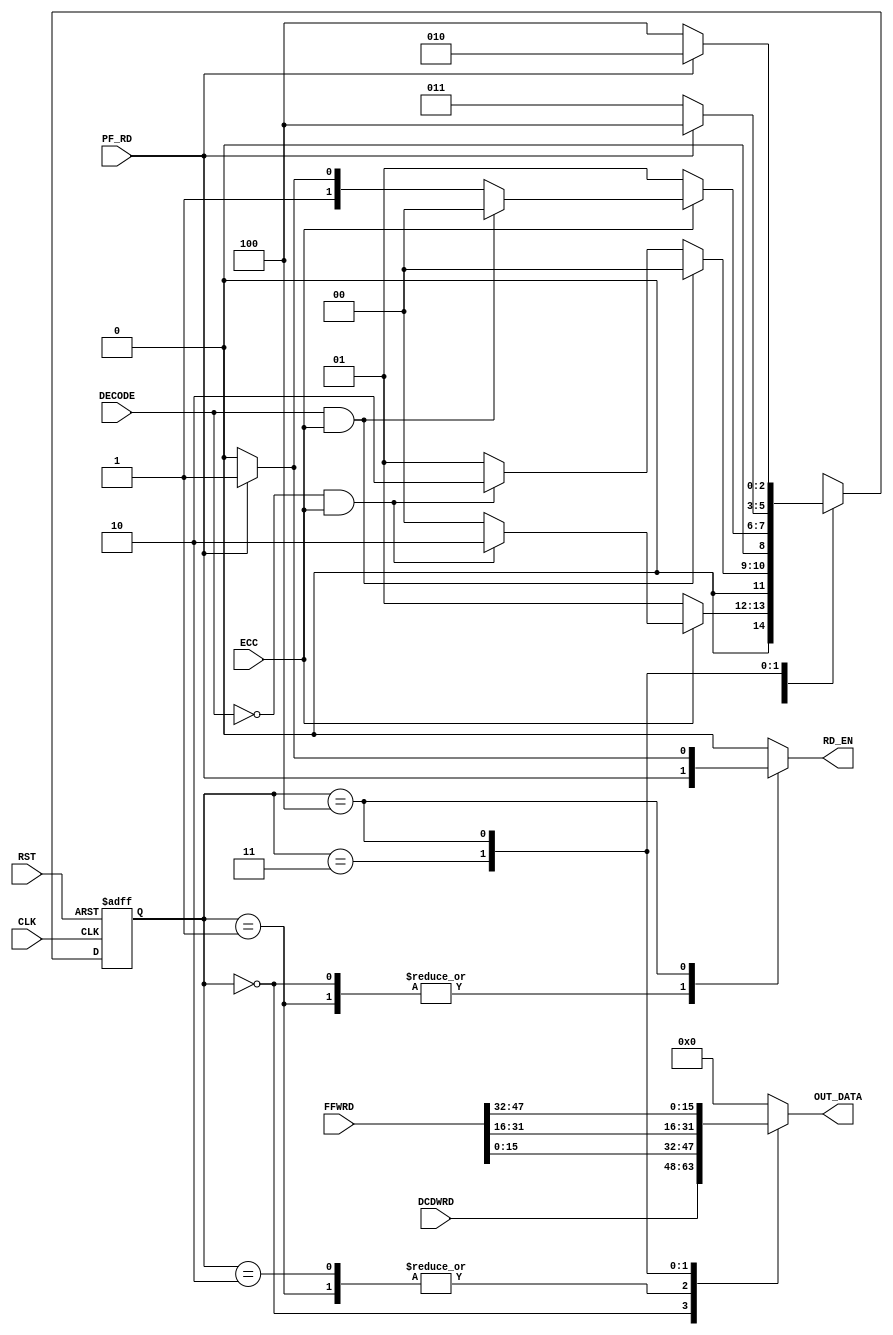

// Created by fizzim_tmr.pl version $Revision: 4.44 on 2018:07:23 at 16:43:32 (www.fizzim.com)

module Read_PF_FSM (
  output reg [15:0] OUT_DATA,
  output reg RD_EN,
  input CLK,
  input wire [15:0] DCDWRD,
  input DECODE,
  input ECC,
  input wire [47:0] FFWRD,
  input PF_RD,
  input RST 
);

  // state bits
  parameter 
  Wrd_Dcd = 3'b000, 
  No_ECC  = 3'b001, 
  Wrd_0   = 3'b010, 
  Wrd_1   = 3'b011, 
  Wrd_2   = 3'b100; 

  reg [2:0] state;


  reg [2:0] nextstate;



  // comb always block
  always @* begin
    nextstate = 3'bxxx; // default to x because default_state_is_x is set
    OUT_DATA = 16'H0000; // default
    RD_EN = 0; // default
    case (state)
      Wrd_Dcd: begin
        // Warning C7: Combinational output OUT_DATA[15:0] is assigned on transitions, but has a non-default value "DCDWRD" in state Wrd_Dcd 
                                  OUT_DATA = DCDWRD;
        // Warning C7: Combinational output RD_EN is assigned on transitions, but has a non-default value "PF_RD" in state Wrd_Dcd 
                                  RD_EN = PF_RD;
        if      (!ECC)            nextstate = No_ECC;
        else if (!DECODE && ECC)  nextstate = Wrd_0;
        else                      nextstate = Wrd_Dcd;
      end
      No_ECC : begin
        // Warning C7: Combinational output OUT_DATA[15:0] is assigned on transitions, but has a non-default value "FFWRD[15:0]" in state No_ECC 
                                  OUT_DATA = FFWRD[15:0];
        // Warning C7: Combinational output RD_EN is assigned on transitions, but has a non-default value "PF_RD" in state No_ECC 
                                  RD_EN = PF_RD;
        if      (DECODE && ECC)   nextstate = Wrd_Dcd;
        else if (!DECODE && ECC)  nextstate = Wrd_0;
        else                      nextstate = No_ECC;
      end
      Wrd_0  : begin
        // Warning C7: Combinational output OUT_DATA[15:0] is assigned on transitions, but has a non-default value "FFWRD[15:0]" in state Wrd_0 
                                  OUT_DATA = FFWRD[15:0];
        if      (!ECC)            nextstate = No_ECC;
        else if (DECODE && ECC)   nextstate = Wrd_Dcd;
        else if (PF_RD)           nextstate = Wrd_1;
        else                      nextstate = Wrd_0;
      end
      Wrd_1  : begin
        // Warning C7: Combinational output OUT_DATA[15:0] is assigned on transitions, but has a non-default value "FFWRD[31:16]" in state Wrd_1 
                                  OUT_DATA = FFWRD[31:16];
        if      (PF_RD)           nextstate = Wrd_2;
        else                      nextstate = Wrd_1;
      end
      Wrd_2  : begin
        // Warning C7: Combinational output OUT_DATA[15:0] is assigned on transitions, but has a non-default value "FFWRD[47:32]" in state Wrd_2 
                                  OUT_DATA = FFWRD[47:32];
        if      (PF_RD) begin
                                  nextstate = Wrd_0;
                                  RD_EN = 1;
        end
        else                      nextstate = Wrd_2;
      end
    endcase
  end

  // Assign reg'd outputs to state bits

  // sequential always block
  always @(posedge CLK or posedge RST) begin
    if (RST)
      state <= Wrd_Dcd;
    else
      state <= nextstate;
  end

  // This code allows you to see state names in simulation
  `ifndef SYNTHESIS
  reg [55:0] statename;
  always @* begin
    case (state)
      Wrd_Dcd: statename = "Wrd_Dcd";
      No_ECC : statename = "No_ECC";
      Wrd_0  : statename = "Wrd_0";
      Wrd_1  : statename = "Wrd_1";
      Wrd_2  : statename = "Wrd_2";
      default: statename = "XXXXXXX";
    endcase
  end
  `endif

endmodule